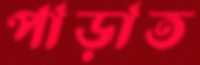
পাড়াত